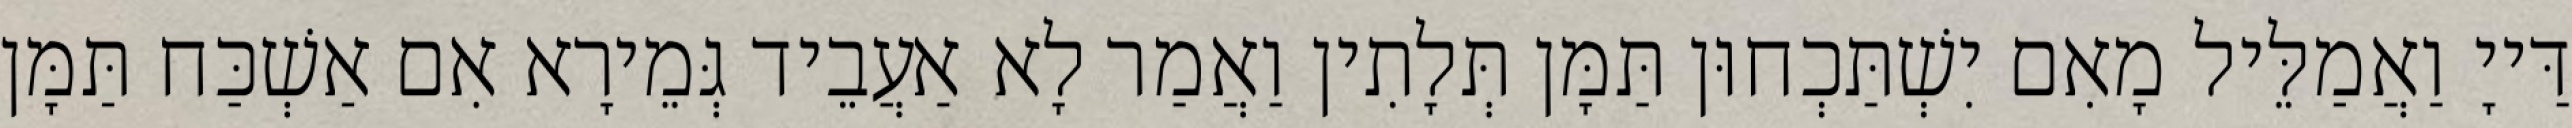
דַּייָ וַאֲמַלֵּיל מָאִם יִשְׁתַּכְחוּן תַּמָּן תְּלָתִין וַאֲמַר לָא אַעֲבֵיד גְּמֵירָא אִם אַשְׁכַּח תַּמָּן